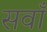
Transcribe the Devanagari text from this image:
सवाँ